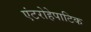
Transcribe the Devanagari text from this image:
एंटरोहेपाटिक